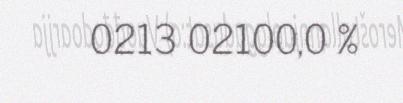
0213 02100,0 %